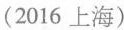
(2016 上海)